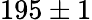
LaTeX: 195\pm 1